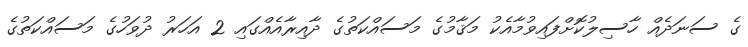
ގެ ސަނަދެއް ހާސިލުކޮށްފައިވުމާއެކު މަޤާމުގެ މަސައްކަތުގެ ދާއިރާއެއްގައި 2 އަހަރު ދުވަހުގެ މަސައްކަތުގެ